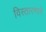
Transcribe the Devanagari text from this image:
विस्तारणारे